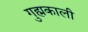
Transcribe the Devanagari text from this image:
गुह्मकाली